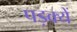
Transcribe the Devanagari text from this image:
पड़क्यें